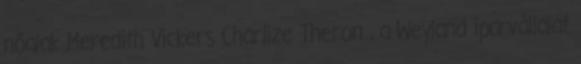
nőalak Meredith Vickers Charlize Theron , a Weyland iparvállalat